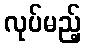
လုပ်မည့်